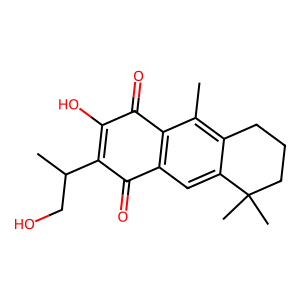
SMILES: Cc1c2c(cc3c1C(=O)C(O)=C(C(C)CO)C3=O)C(C)(C)CCC2
Inhibits HIV replication: No